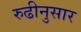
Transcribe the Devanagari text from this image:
रुढीनुसार